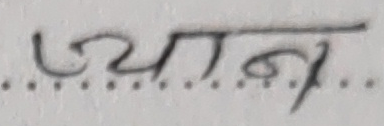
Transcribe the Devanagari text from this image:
व्यधान